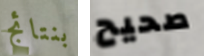
بنتائج صحيح